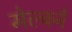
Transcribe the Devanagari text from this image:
मेल्बर्न